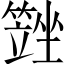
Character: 𡓆